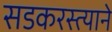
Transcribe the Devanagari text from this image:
सडकरस्त्याने